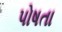
પોષતા